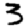
Digit: 3